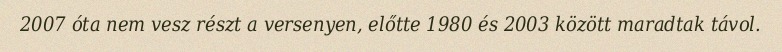
2007 óta nem vesz részt a versenyen, előtte 1980 és 2003 között maradtak távol.